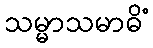
သမ္မာသမာဓိံ